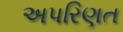
અપરિણત